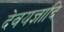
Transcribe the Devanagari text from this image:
देवयज्ञादि